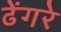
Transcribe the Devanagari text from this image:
ढेंगरे